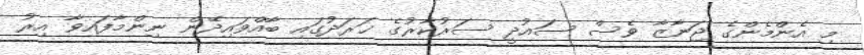
މި އެންމެންގެ ޖަނާޒާ ވެސް ސައުދީ ސަރުކާރުގެ ޚަރަދުގައި ބާއްވައިދޭން ނިންމާފައިވާ އިރު